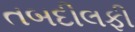
તબદીલફી